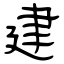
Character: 建